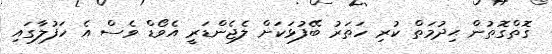
ގޮތްގޮތުން ޙިދުމަތް ކުރި ހަތަރު ބޭފުޅަކަށް ލެޖެންޑަރީ އެވޯޑް ވެސް އެ ހަފުލާގައި